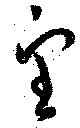
望